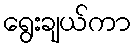
ရွေးချယ်ကာ